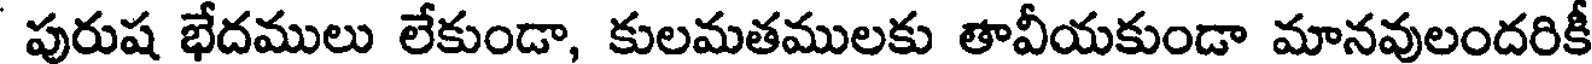
పురుష భేదములు లేకుండా, కులమతములకు తావీయకుండా మానవులందరికీ